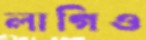
লাগিও